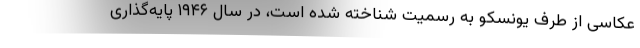
عکاسی از طرف یونسکو به رسمیت شناخته شده است، در سال ۱۹۴۶ پایه‌گذاری